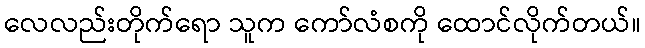
လေလည်းတိုက်ရော သူက ကော်လံစကို ထောင်လိုက်တယ်။